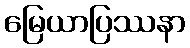
မြေယာပြဿနာ